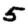
Digit: 5